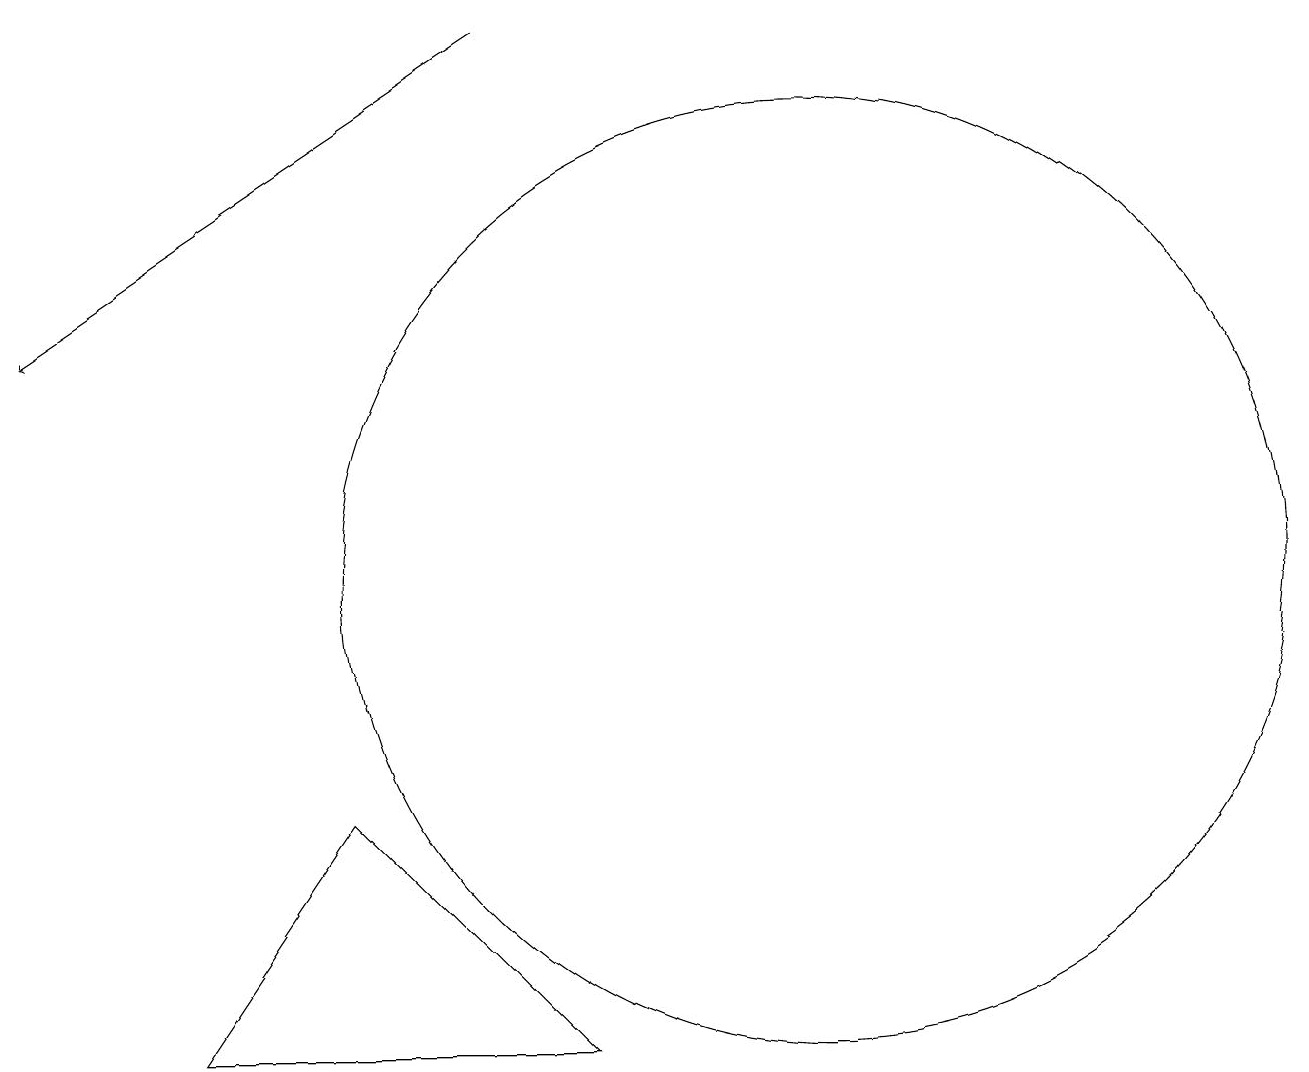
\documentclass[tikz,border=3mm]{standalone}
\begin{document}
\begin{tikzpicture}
\draw (9,4) -- (6,7) -- (4,4) -- cycle;
\draw (12,10) circle (6);
\draw[->] (8,17) -- (2,13);
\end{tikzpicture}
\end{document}